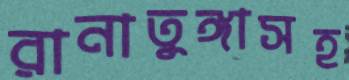
রানাতুঙ্গাসহ